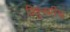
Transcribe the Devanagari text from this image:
विशुनपरिया